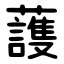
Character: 䕶